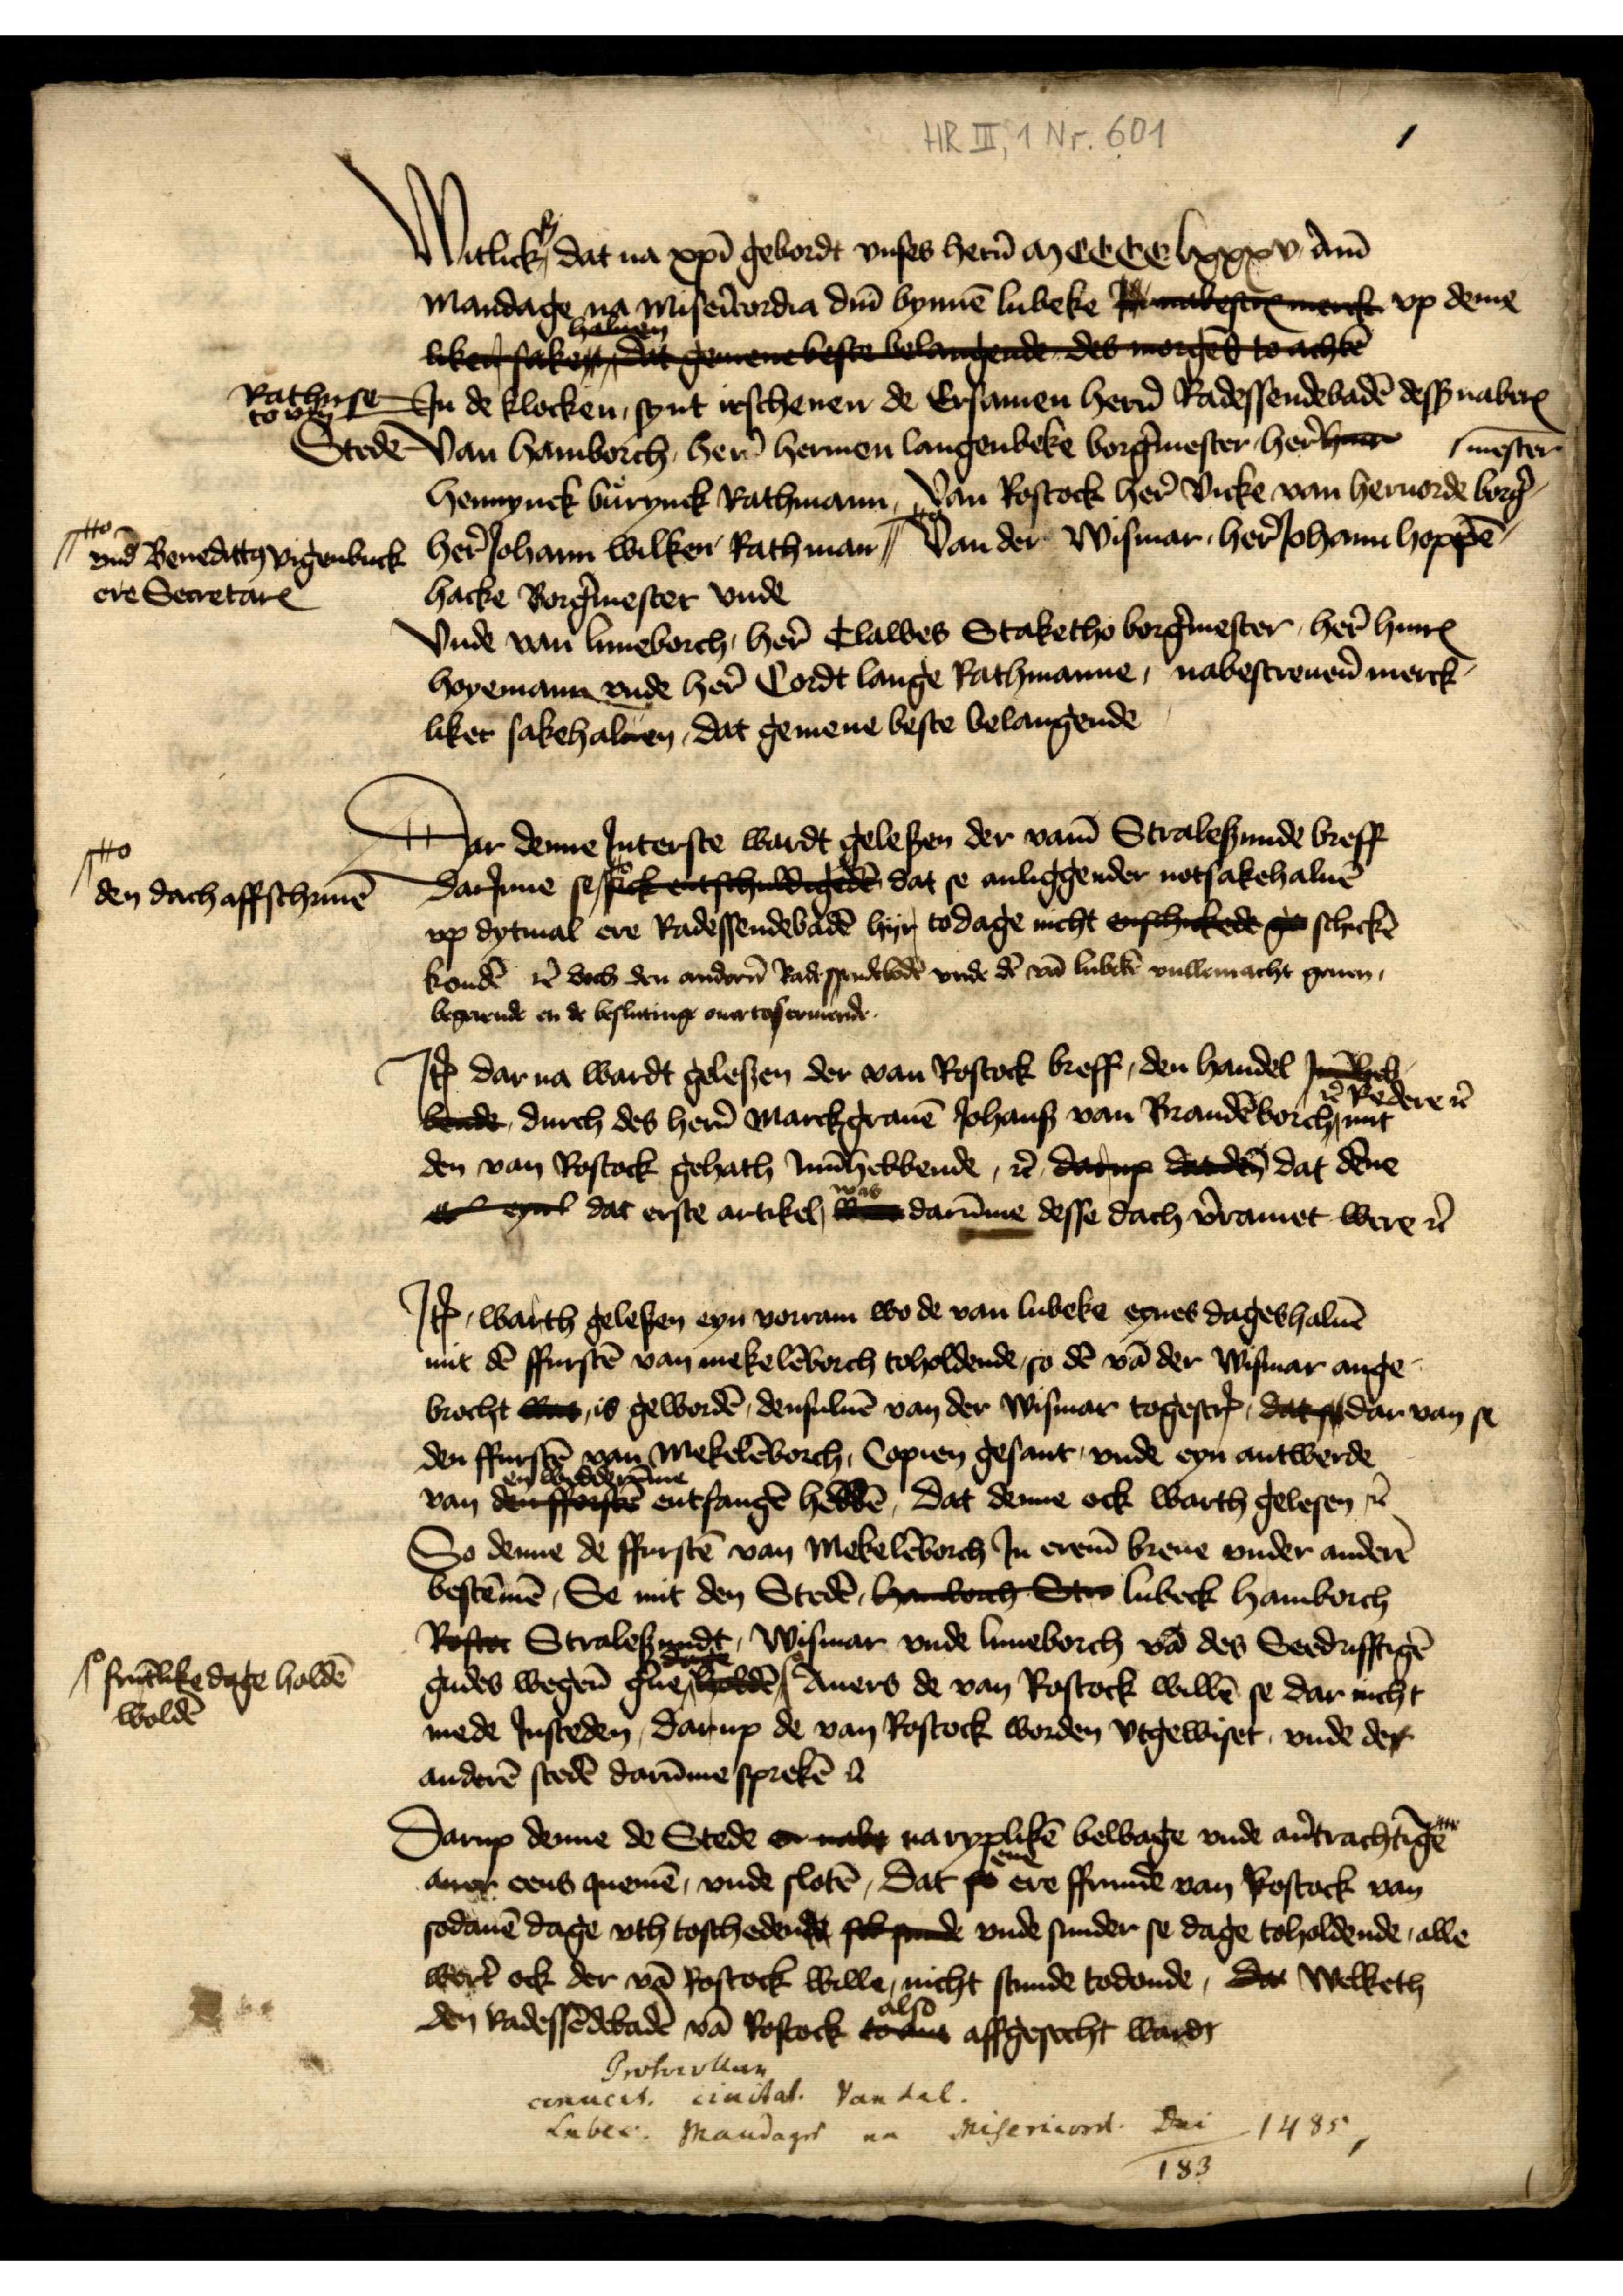
Witlick is dat na xpī gebordt vnses her̉n a cccc lxxxv dm̄
Mandage na Misẻcordia dm̄ bynnē Lubeke Is nabescr wer vp deme
like faketdat genee best bela de ore t achte
Rathuse to een Jn de klocken, synt irschenen de Ersamen her̉n Radessendebadē desß naberꝬ
Stede Van Hamborch, her̉n Hermen Langenbeke borg̉mester her̉n Hans
Hennynck Burynck Rathman, Van Rostock her̉ Vicke van Heruorde borg̉mester
her̉ Johann Wilken Rathman vnd Benedicten Vigenbuck ere SecretarꝬ | Van der Wismar, her̉ Johann Hoppē-
harke Borg̉mester vnde
Vnde van Luneborch, her̉ Clawes Staketho borg̉mester, her̉ HinrꝬ
Hoyemann vnde her̉ Cordt Lange Rathmanne, nabescreuen̉ merck-
liker sakehaluen, dat gemene beste belangende

Dar denne Jnterste wardt gelesen der vam̄ Stralesunde breff
DarJnne se se fck etchuldie dat se anliggender notsakehaluē
vp dytmal ere Radessendebadē hyr to dage nicht enschikd ge schickē
kondē et̉ doch den ander̉n Radessendebadē vnde dē vā Lubek vullemacht geuen,
begerende en de besluting ouertoscrevende

Jꝷ dar na wardt gelesen der van Rostock breff, den handel Jn Vick
bede, durch des her̉n Marckgrauē Johans van Brandēborch et̉ Radere et̉ mit
den van Rostock gehath Jnn̄ hebbende, et̉ darp dade dat dēne
eleel dat erste artikel was darūme desse dach v̉ramet were et̉

Jꝷ warth gelesen eyn vorram wo de van Lubeke eynes dageshaluē
mit dē ffurstē van Mekelēborch toholdende, so dē vā der Wismar ange-
brocht wet, is gewordē, densuluē van der Wismar togescrꝬ, dat se dar van se
den ffurstē van Mekelēborch, Copien gesant, vnde eyn antwerde
van en wedderūme entfangē hebbē, Dat denne warth gelesen et̉
So denne de ffurstē van Mekelēborch Jn erem̄ breue vnder anderē
bestēmē, Se mit den Steden Hamburch st Lubeck Hamborch
Rostock Stralesundt, Wismar vnde Luneborch vā des Seedrifftigē
gudes wegen̄ g̉ne frūtlike dage holdē woldē holden Auers de van Rostock willen se dar nicht
mede Jnsteden, Darup de van Rostock worden vtgewiset, vnde der
anderē stedē darūme sprekē et̉

Darup denne de Stede eruakt na ryplikē bewage vnde aủtrachtīge
auer eens quemē, vnde slotē, dat ene ere ffrunde van Rostock van
sodanē dage vth toschedends scse vnde sunder se dage toholdende, alle
wort̉ ock der vā Rostock wille, nicht stunde todonde, da Welketh
den Radessēdebadē van Rostock also affgesecht wardt

Protocollen
cinucit civitat van dal
Lubec Mandage na Misericordia dei 1485
183